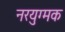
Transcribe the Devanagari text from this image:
नरयुग्मक